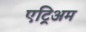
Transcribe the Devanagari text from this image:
एट्रिअम